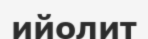
ийолит